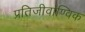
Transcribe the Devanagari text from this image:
प्रतिजीवाण्विक